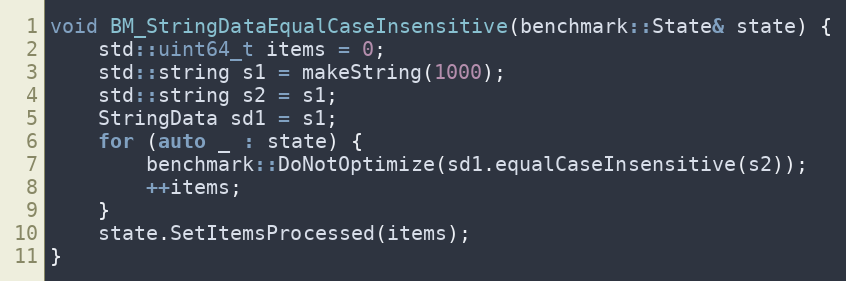
Language: C++
void BM_StringDataEqualCaseInsensitive(benchmark::State& state) {
    std::uint64_t items = 0;
    std::string s1 = makeString(1000);
    std::string s2 = s1;
    StringData sd1 = s1;
    for (auto _ : state) {
        benchmark::DoNotOptimize(sd1.equalCaseInsensitive(s2));
        ++items;
    }
    state.SetItemsProcessed(items);
}